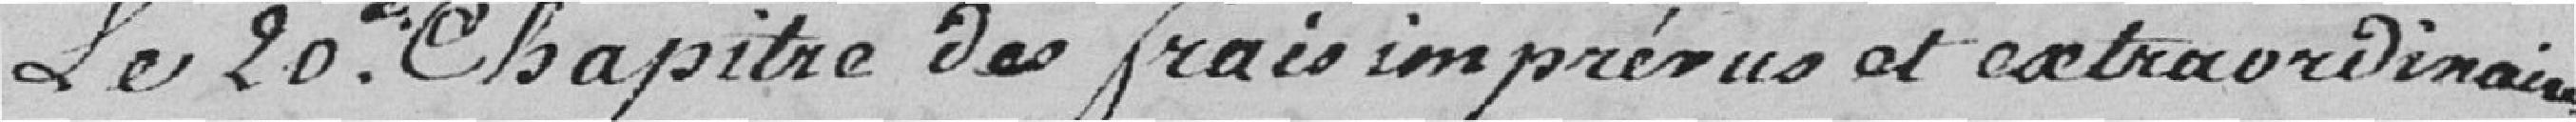
le 20ème chapitre des frais imprévus et extraordinaires